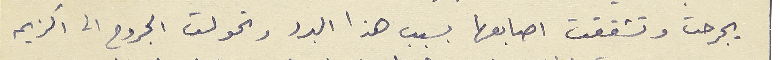
يجرحت وتشققت اصابعها بسبب هذا البرد وتحولت الجروح الى اكزيم